Vaccination in the Punjab 1897-1904 - 1897-1904
Year: 1897
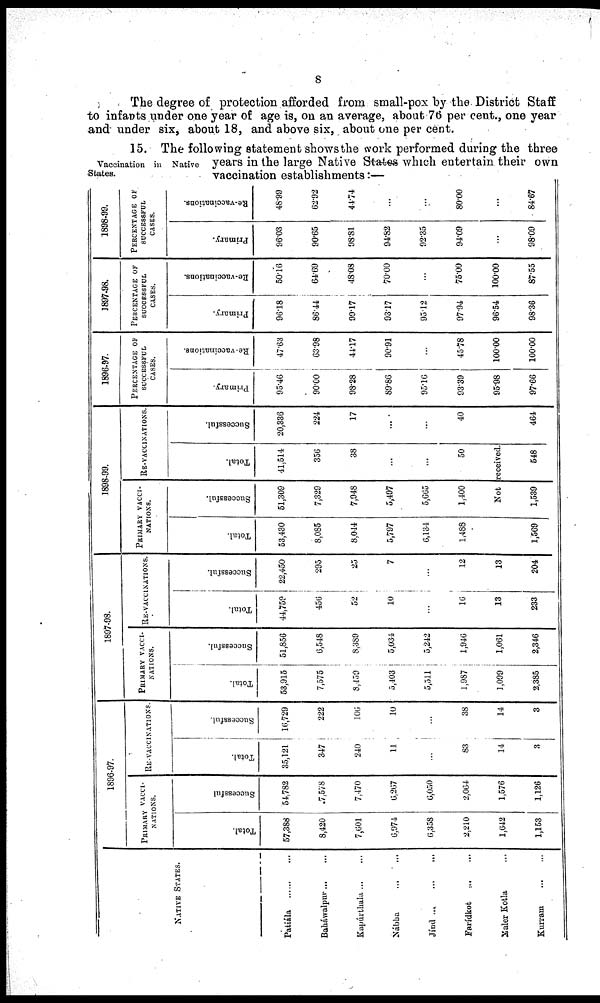
8
The degree of protection afforded from small-pox by the District Staff
to infants under one year of age is, on an average, about 76 per cent., one year
and under six, about 18, and above six, about one per cent.
Vaccination in Native
States.
15. The following statement shows the work performed during the three
years in the large Native States which entertain their own
vaccination establishments:—
1898-99.
1897-98.
1896-97.
1898-99.
1897-98.
1896-97.
PERCENTAGE OF
SUCCESSFUL
CASES.
PERCENTAGE OF
----------
CASES.
PERCENTAGE OF
SUCCESSFUL
CASES.
RE-VACCINATIONS.
PRIMARY VACCI-
-------.
RE-VACCINATIONS.
PRIMARY VACCI¬
-------.
RE-VACCINATIONS.
PRIMARY VACCI-
-------.
Re-vaccination.
Primary.
Re-vaccination. Primary.
Re-vaccination.
Primary.
Successful.
Total.
Successful.
Total.
Successful.
Total.
Successful.
Total.
Successful.
Total.
Successful.
Total.
NATIVE STATES.
48.99
96.03
50.16
96.18
47.63
95.46
20,336
41,514
51,309
53,430
22,450
44,759
51,856
53,915
16,729
35,121
54,782
57,388
Patála
...
...
62.92
90.65
64.69
86.44
63.98
90.00
224
356
7,329
8,085
295
456
6,548
7,575
222
347
7,578
8,420
Baháwalpur ... ...
44.74
98.81
48.08
99.17
44.17
98.28
17
38
7,948
8,044
25
52
8,389
8,4590
106
240
7,470
7,601
Kapúrthala ... ...
...
94.82
70.00
93.17
90.91
89.86
...
...
5,497
5,797
7
10
5,034
5,403
10
11
6,267
6,974
Nábha
...
...
...
92.35
...
95.12
...
95.16
...
...
5,665
6,134
...
...
5,242
5,511
...
...
6,050
6,358
Jínd
...
...
80.00
94.09
75.00
97.94
45.78
93.39
40
50
1,400
1,488
12
16
1,946
1,987
38
83
2,064
2,210
Farídkot ... ...
...
...
100.00
96.54
100.00
95.98
...
Not received.
...
13
13
1,061
1,099
14
14
1,576
1,642
Maler Kotla ... ...
84.67
98.09
87.55
98.36
100.00
97.66
464
548
1,539
1,569
204
233
2,346
2,385
3
3
1,126
1,153
Kurram
...
...